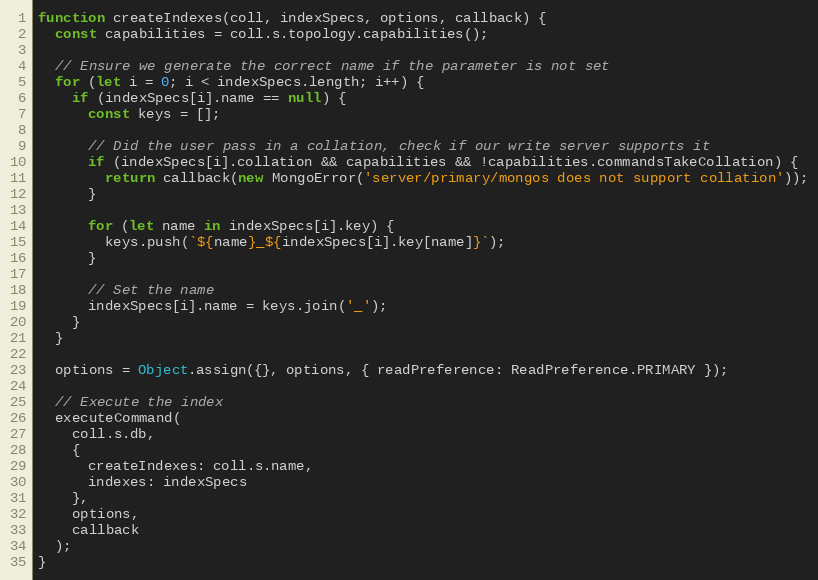
Language: JavaScript
function createIndexes(coll, indexSpecs, options, callback) {
  const capabilities = coll.s.topology.capabilities();

  // Ensure we generate the correct name if the parameter is not set
  for (let i = 0; i < indexSpecs.length; i++) {
    if (indexSpecs[i].name == null) {
      const keys = [];

      // Did the user pass in a collation, check if our write server supports it
      if (indexSpecs[i].collation && capabilities && !capabilities.commandsTakeCollation) {
        return callback(new MongoError('server/primary/mongos does not support collation'));
      }

      for (let name in indexSpecs[i].key) {
        keys.push(`${name}_${indexSpecs[i].key[name]}`);
      }

      // Set the name
      indexSpecs[i].name = keys.join('_');
    }
  }

  options = Object.assign({}, options, { readPreference: ReadPreference.PRIMARY });

  // Execute the index
  executeCommand(
    coll.s.db,
    {
      createIndexes: coll.s.name,
      indexes: indexSpecs
    },
    options,
    callback
  );
}